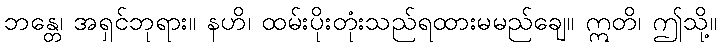
ဘန္တေ၊ အရှင်ဘုရား။ နဟိ၊ ထမ်းပိုးတုံးသည်ရထားမမည်ချေ။ ဣတိ၊ ဤသို့။